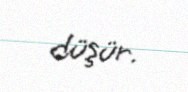
düşür.